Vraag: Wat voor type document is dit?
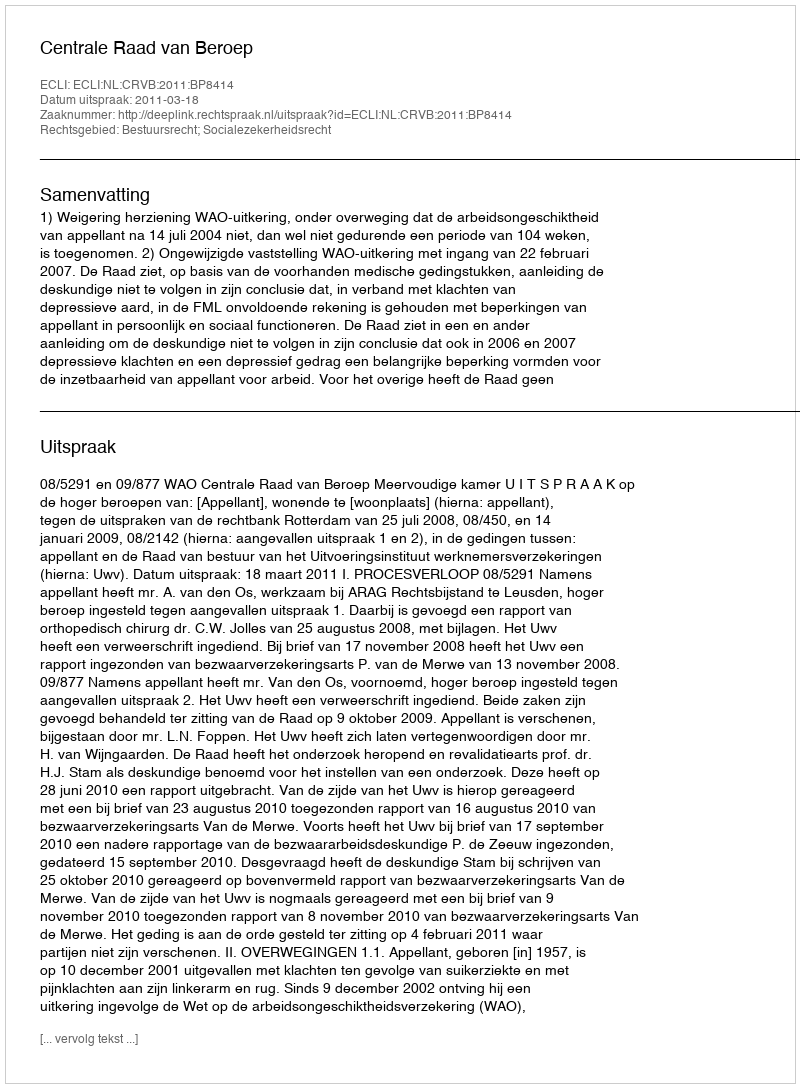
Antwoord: Uitspraak